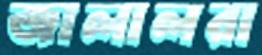
জালালরা